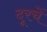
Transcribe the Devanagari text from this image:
दूरचें